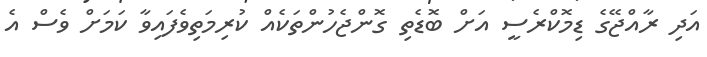
އަދި ރާއްޖޭގެ ޑިމޮކްރެސީ އަށް ބޮޑެތި ގޮންޖެހުންތަކެއް ކުރިމަތިވެފައިވާ ކަމަށް ވެސް އެ